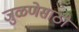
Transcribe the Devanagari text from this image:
जुळणेसाठी